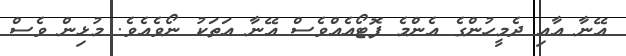
އޭނާ އާއި ދެމީހުންގެ އެންމެ ފޮޓޯއެއްވެސް އޭނާ އަތަކު ނޯވެއެވެ. މުޅިން ވެސް